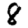
Digit: 8